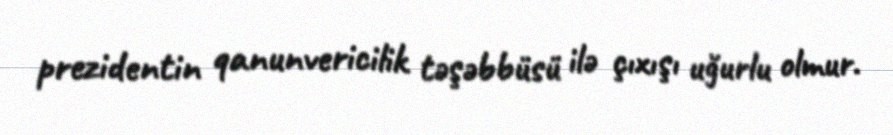
prezidentin qanunvericilik təşəbbüsü ilə çıxışı uğurlu olmur.